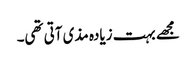
مجھے بہت زیادہ مذی آتی تھی۔